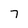
Character: 7